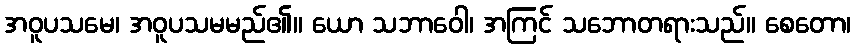
အဝူပသမေ၊ အဝူပသမမည်၏။ ယော သဘာဝေါ၊ အကြင် သဘောတရားသည်။ စေတော၊